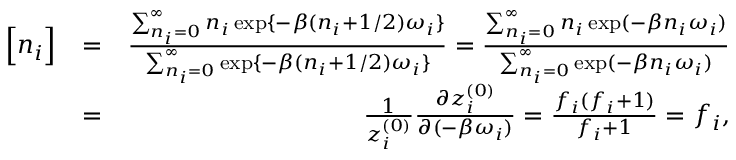
\begin{array} { r l r } { \Big [ { n _ { i } } \Big ] } & { = } & { \frac { \sum _ { n _ { i } = 0 } ^ { \infty } n _ { i } \exp \{ - \beta ( n _ { i } + 1 / 2 ) \omega _ { i } \} } { \sum _ { n _ { i } = 0 } ^ { \infty } \exp \{ - \beta ( n _ { i } + 1 / 2 ) \omega _ { i } \} } = \frac { \sum _ { n _ { i } = 0 } ^ { \infty } n _ { i } \exp ( - \beta n _ { i } \omega _ { i } ) } { \sum _ { n _ { i } = 0 } ^ { \infty } \exp ( - \beta n _ { i } \omega _ { i } ) } } \\ & { = } & { \frac { 1 } { z _ { i } ^ { ( 0 ) } } \frac { \partial z _ { i } ^ { ( 0 ) } } { \partial ( - \beta \omega _ { i } ) } = \frac { f _ { i } ( f _ { i } + 1 ) } { f _ { i } + 1 } = f _ { i } , } \end{array}